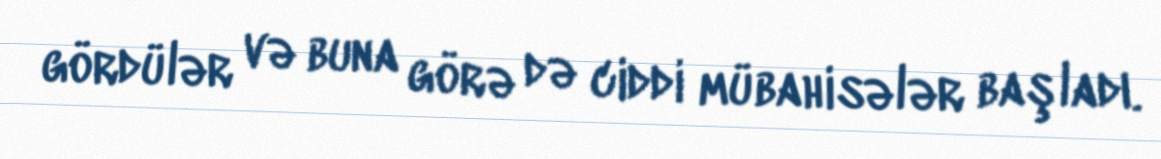
gördülər və buna görə də ciddi mübahisələr başladı.